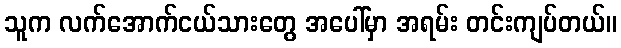
သူက လက်အောက်ငယ်သားတွေ အပေါ်မှာ အရမ်း တင်းကျပ်တယ်။